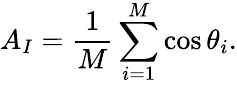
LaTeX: A_{I}=\frac{1}{M}\sum_{i=1}^{M}\cos\theta_{i}.